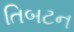
તિબટન